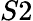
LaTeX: S2